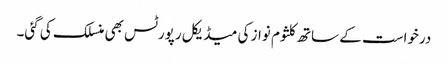
درخواست کے ساتھ کلثوم نواز کی میڈیکل رپورٹس بھی منسلک کی گئی۔